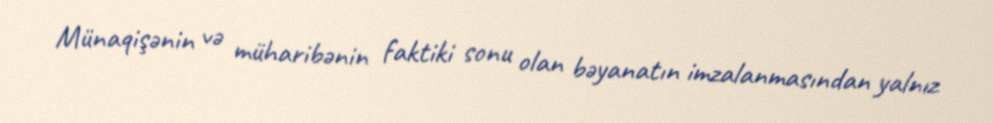
Münaqişənin və müharibənin faktiki sonu olan bəyanatın imzalanmasından yalnız